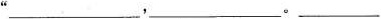
”_____，___。____